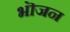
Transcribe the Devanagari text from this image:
भॊजन